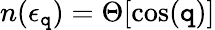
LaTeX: n(\epsilon_{\mathtt{q}})=\Theta[\cos(\mathtt{q})]